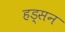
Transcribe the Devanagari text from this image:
हड्सन